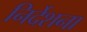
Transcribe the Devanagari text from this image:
निर्देशना